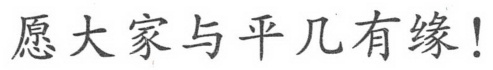
愿大家与平几有缘!